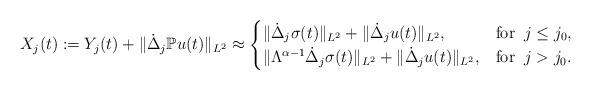
LaTeX: \begin{align*} X_j(t) : = Y_j(t) + \Vert \dot\Delta_j\mathbb{P}u(t)\Vert_{L^2} \approx \begin{cases} \Vert\dot{\Delta}_j \sigma(t)\Vert_{L^2} + \Vert \dot{\Delta}_j u(t)\Vert_{L^2} ,& \textrm{for}\;\; j\leq j_0, \\ \Vert \Lambda^{\alpha-1} \dot{\Delta}_j \sigma(t)\Vert_{L^2} + \Vert \dot{\Delta}_j u(t)\Vert_{L^2}, & \textrm{for}\;\; j> j_0. \end{cases}\end{align*}